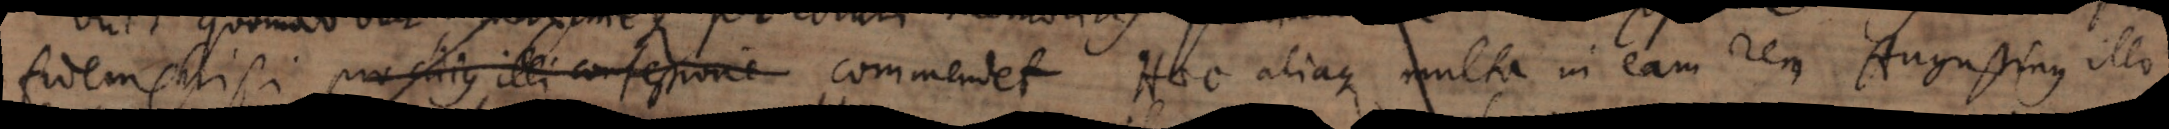
fidem Christi pro cujus illi confessione commendet. Haec aliaque multa in eam rem Augustinus illo